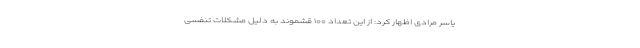
یاسر مرادی اظهار کرد: از این تعداد ۱۰۰ قشموند به دلیل مشکلات تنفسی